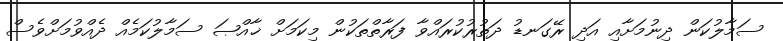
ސަމާލުކަން ދިނުމަށާއި އަދި ރޭގަނޑު ދަތުރުކުރައްވާ ފަރާތްތަކުން މިކަމަށް ޚާއްޞަ ސަމާލުކަމެއް ދެއްވުމަށްވެސް